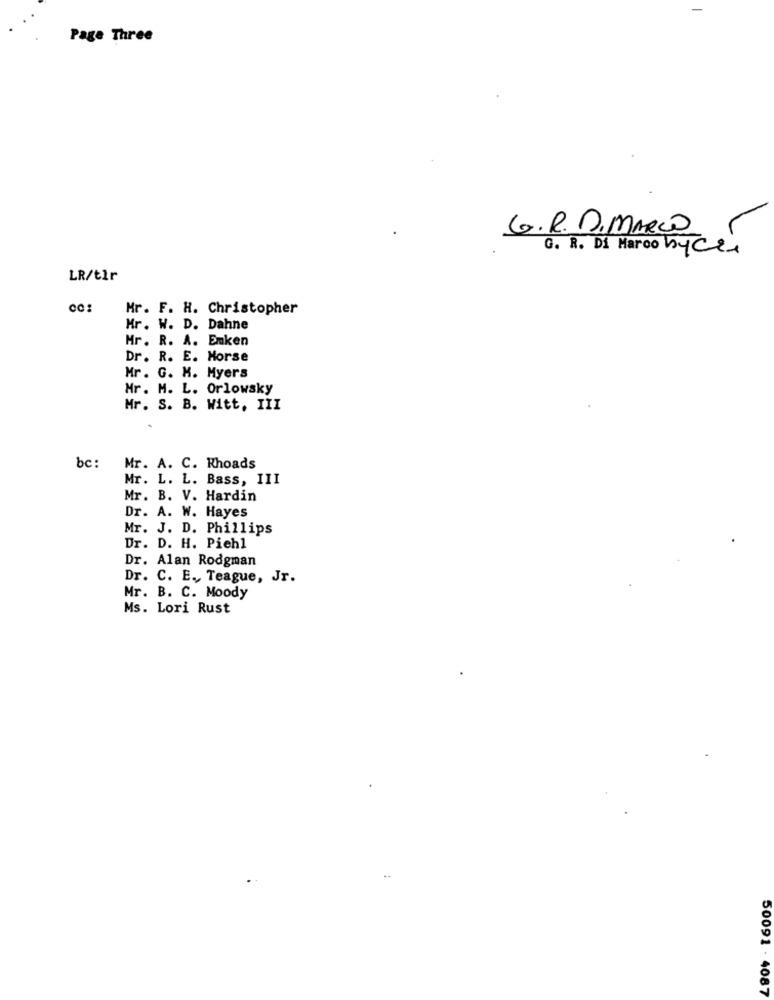
Page Three
G.R. D.MARÇO
G. R. Di Marco byce
LR/tlr
CC:
Mr. F. H. Christopher
Mr. W. D. Dahne
Mr. R. A. Emken
Dr. R. E. Horse
Mr . G. H. Myers
Mr. M. L. Orlowsky
Mr. S. B. Witt, III
bc: Mr. A. C. Rhoads
Mr. L. L. Bass, III
Mr. B. V. Hardin
Dr. A. W. Hayes
Mr. J. D. Phillips
Dr. D. H. Piehl
Dr. Alan Rodgman
Dr. C. E ., Teague, Jr.
Mr. B. C. Moody
Ms. Lori Rust
50091 - 4087